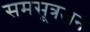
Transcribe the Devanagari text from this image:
समसूत्रजन